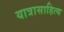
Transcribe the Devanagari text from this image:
यात्रासाहित्य